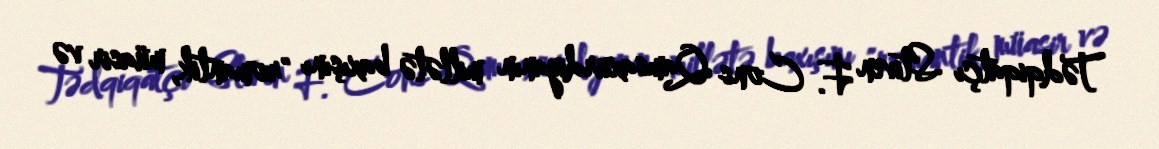
Tədqiqatçı Stiven F. Cons Qamsaxurdiyanın millətə baxışını "romantik, müasir və